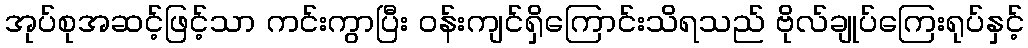
အုပ်စုအဆင့်ဖြင့်သာ ကင်းကွာပြီး ဝန်းကျင်ရှိကြောင်းသိရသည် ဗိုလ်ချုပ်ကြေးရုပ်နှင့်